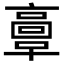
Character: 𩫏